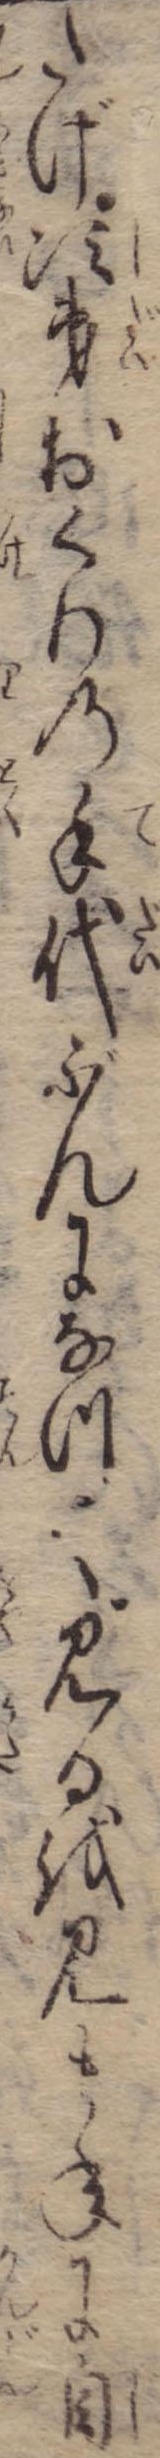
たげ次第おくりの手代ぶんになつて見るを見まねに自